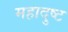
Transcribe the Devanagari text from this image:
महादुष्ट